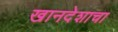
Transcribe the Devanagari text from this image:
खानदेशाचा